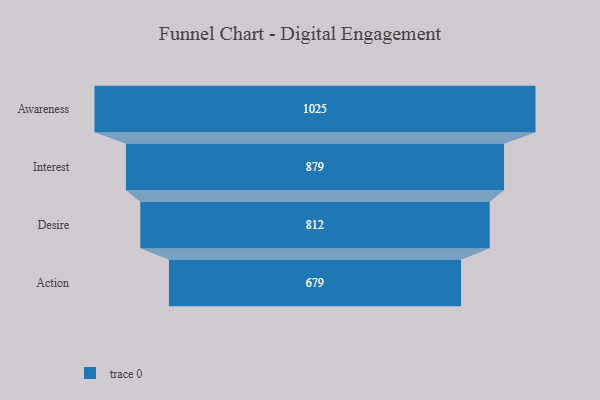
{"axis": {"x": "Stage", "y": "Value"}, "legend": [""], "data": [{"x": "Awareness", "y": 1025.0, "type": ""}, {"x": "Interest", "y": 879.0, "type": ""}, {"x": "Desire", "y": 812.0, "type": ""}, {"x": "Action", "y": 679.0, "type": ""}]}